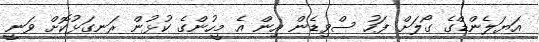
އަޔަލެންޑްގެ ގޯލަށް ފަހު ސްވިޑެން އިން އެ މީހުންގެ ކުޅުން ރަނގަޅުކޮށް ވަނީ